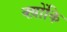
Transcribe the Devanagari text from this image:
क्य़ोंकि